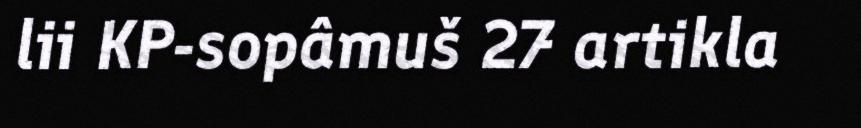
lii KP-sopâmuš 27 artikla